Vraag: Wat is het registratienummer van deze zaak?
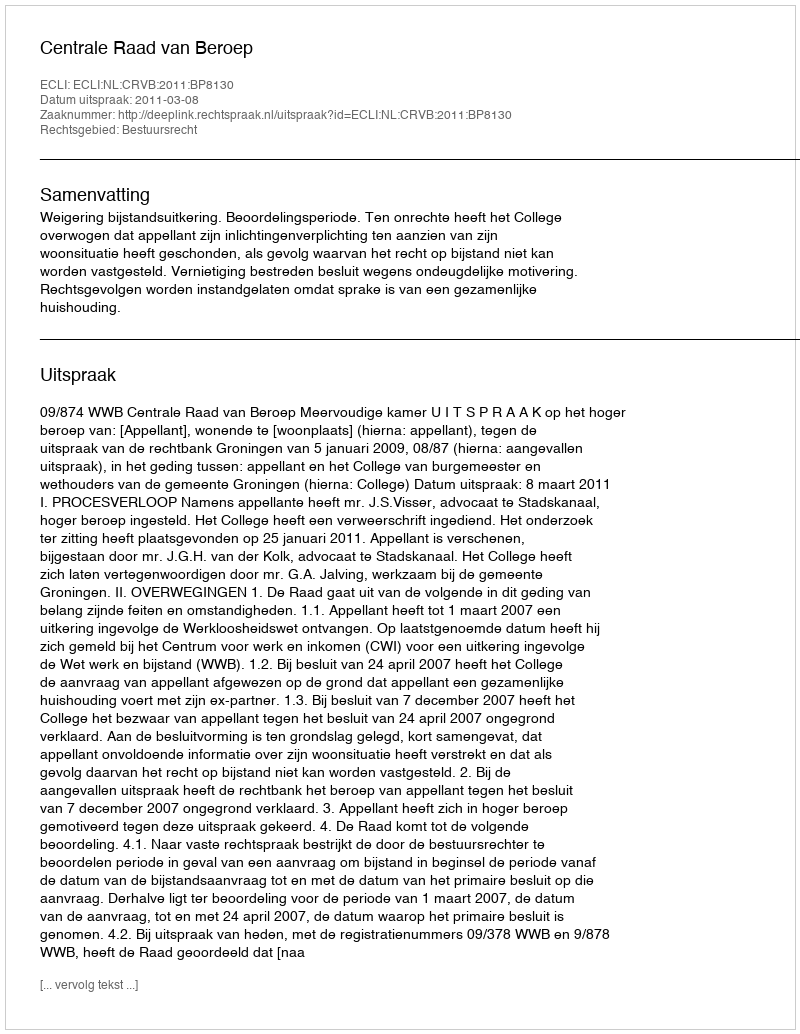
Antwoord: http://deeplink.rechtspraak.nl/uitspraak?id=ECLI:NL:CRVB:2011:BP8130